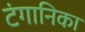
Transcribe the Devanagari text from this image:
टंगानिका